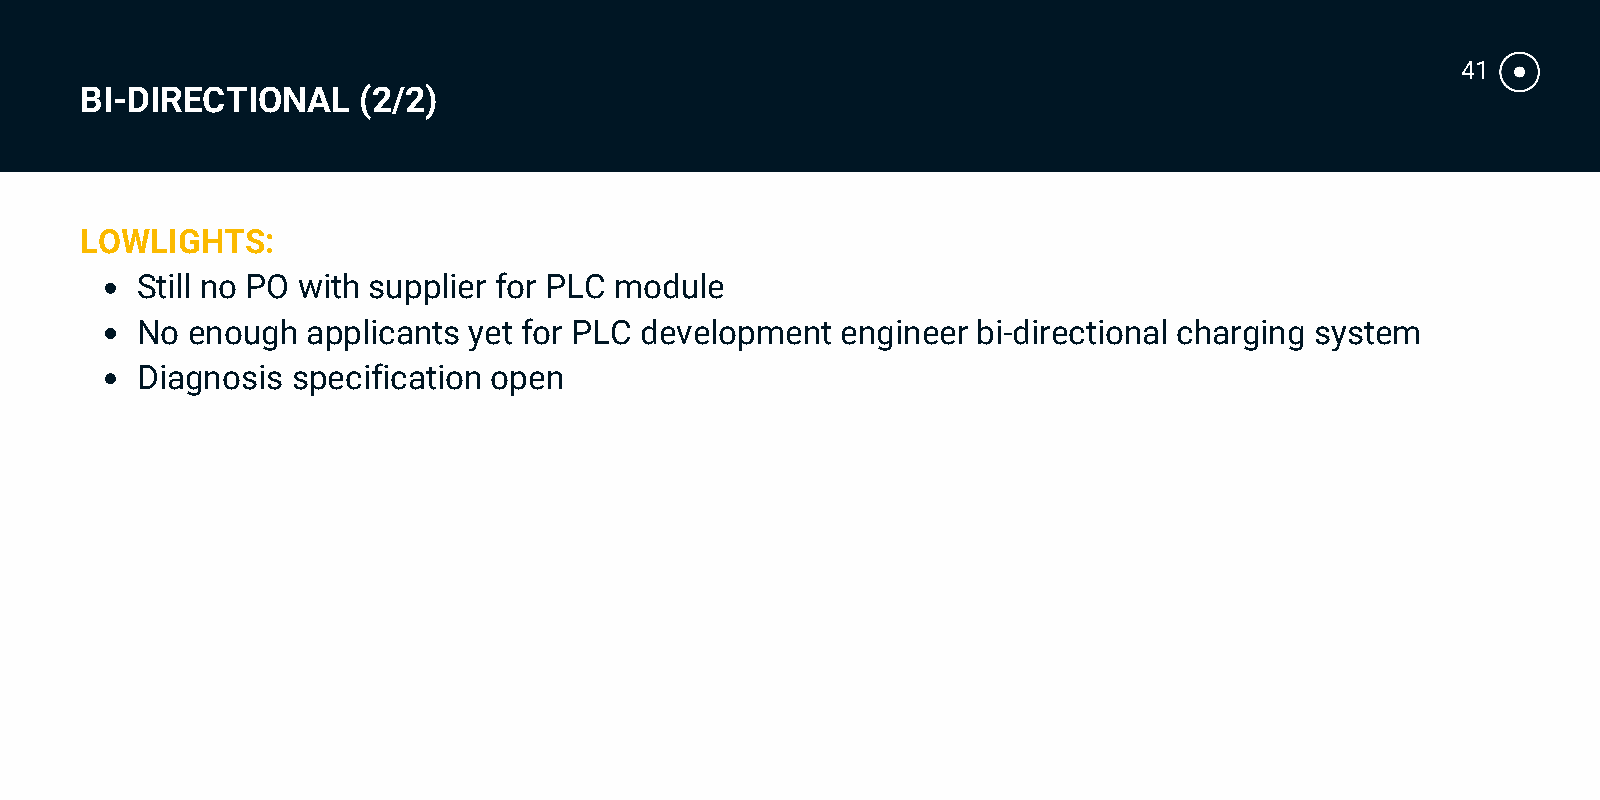
41
 BI-DIRECTIONAL     (2/2)
 LOWLIGHTS:
 Still no PO with supplier for PLC module
 No enough  applicants yet for PLC development  engineer bi-directional charging system
 Diagnosis specification open